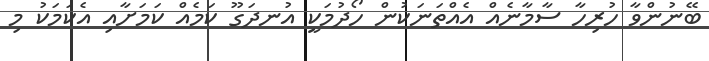
ބޭނުންވާ ހުރިހާ ސާމާނެއް އެއްތަނަކުން ހޯދުމަކީ އުނދަގޫ ކަމެއް ކަމަށާއި އެކަމަކު މި